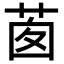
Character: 𦯎